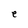
Character: e